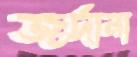
জর্দানা